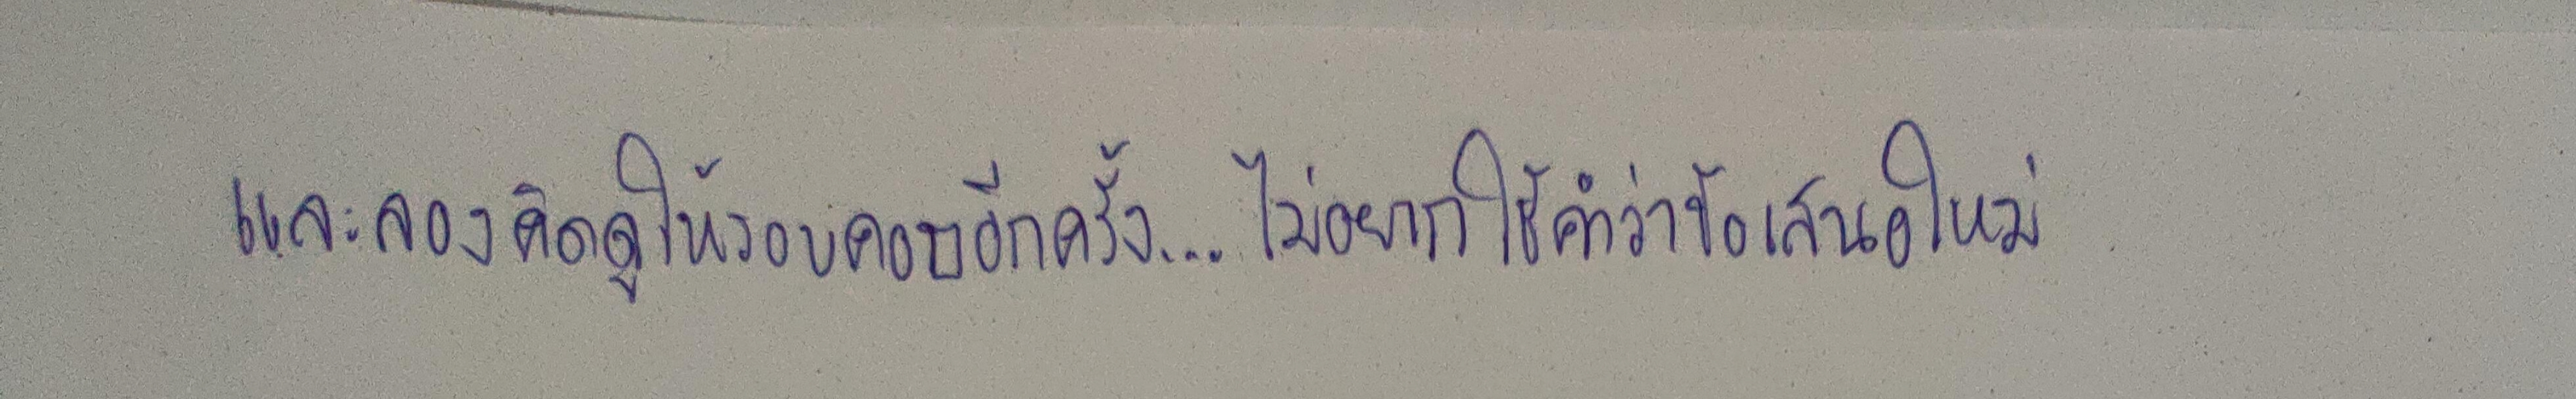
และลองคิดดูให้รอบคอบอีกครั้ง...ไม่อยากใช้คำว่าข้อเสนอใหม่